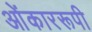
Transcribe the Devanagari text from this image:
ओंकाररूपी